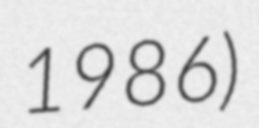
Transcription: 1986)